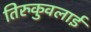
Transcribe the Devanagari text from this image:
तिरुकुवलाई